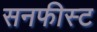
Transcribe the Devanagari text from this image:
सनफीस्ट